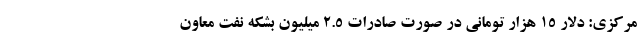
مرکزی: دلار ۱۵ هزار تومانی در صورت صادرات ۲.۵ ميليون بشکه نفت معاون